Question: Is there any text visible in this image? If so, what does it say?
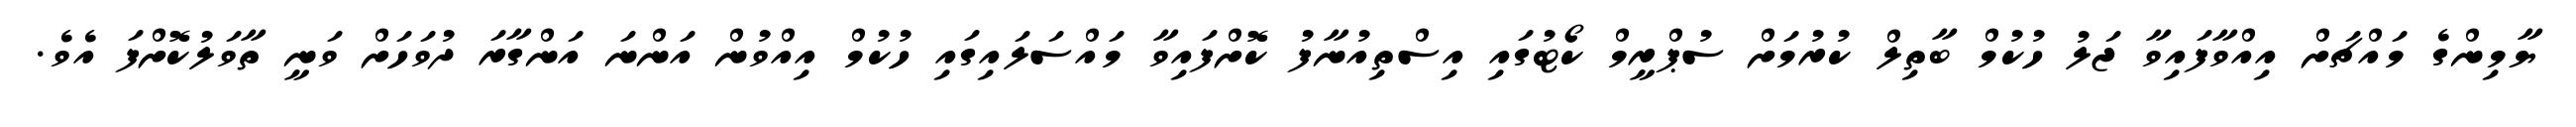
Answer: ޔާމިންގެ މައްޗަށް އިއްވާފައިވާ ޖަލު ހުކުމް ބާތިލް ކުރުމަށް ސުޕްރީމް ކޯޓުގައި އިސްތިއުނާފު ކޮށްފައިވާ މައްސަލައިގައި ހުކުމް އިއްވުން އަންނަ އަންގާރަ ދުވަހަށް ވަނީ ތާވަލުކޮށްފަ އެވެ.